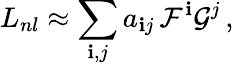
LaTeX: L_{nl}\approx\sum_{\mathbf{i},j}a_{\mathbf{i}j}\, \mathcal{{F}}^{\mathbf{i}}\mathcal{{G}}^{j}\, ,